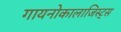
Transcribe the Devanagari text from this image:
गायनोकालाजिस्ट्स